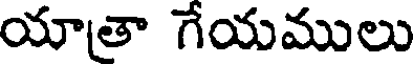
యాతా గేయములు